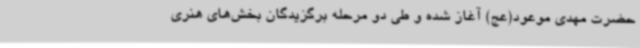
حضرت مهدی موعود(عج) آغاز شده و طی دو مرحله برگزیدگان بخش‌های هنری